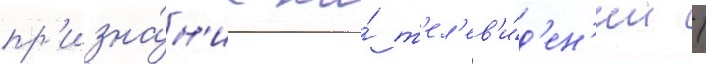
пр'изна́н'ие на́ т'ел'ев'и́д'ен'ии /